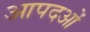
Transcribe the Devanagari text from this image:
आपदओं